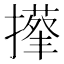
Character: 𢶬